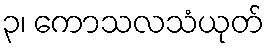
၃၊ ကောသလသံယုတ်